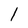
Character: 1